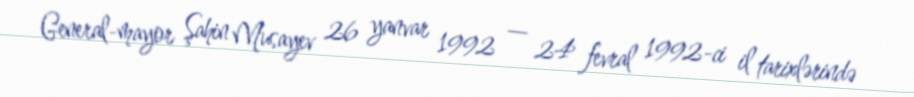
General-mayor Şahin Musayev 26 yanvar 1992 — 24 fevral 1992-ci il tarixlərində